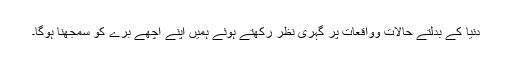
دنیا کے بدلتے حالات وواقعات پر گہری نظر رکھتے ہوئے ہمیں اپنے اچھے برے کو سمجھنا ہوگا۔